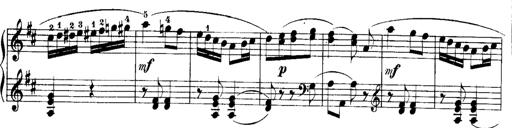
Title: Rondos and Sonatinas for Pianoforte
Composer: Daniel Steibelt